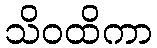
သိဝထိကာ